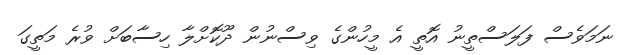
ނަމަވެސް ފަލަސްތީނު އޮތީ އެ މީހުންގެ ވިސްނުން ދޫކޮށްލާ ހިސާބަށް ވުރެ މަތީގަ